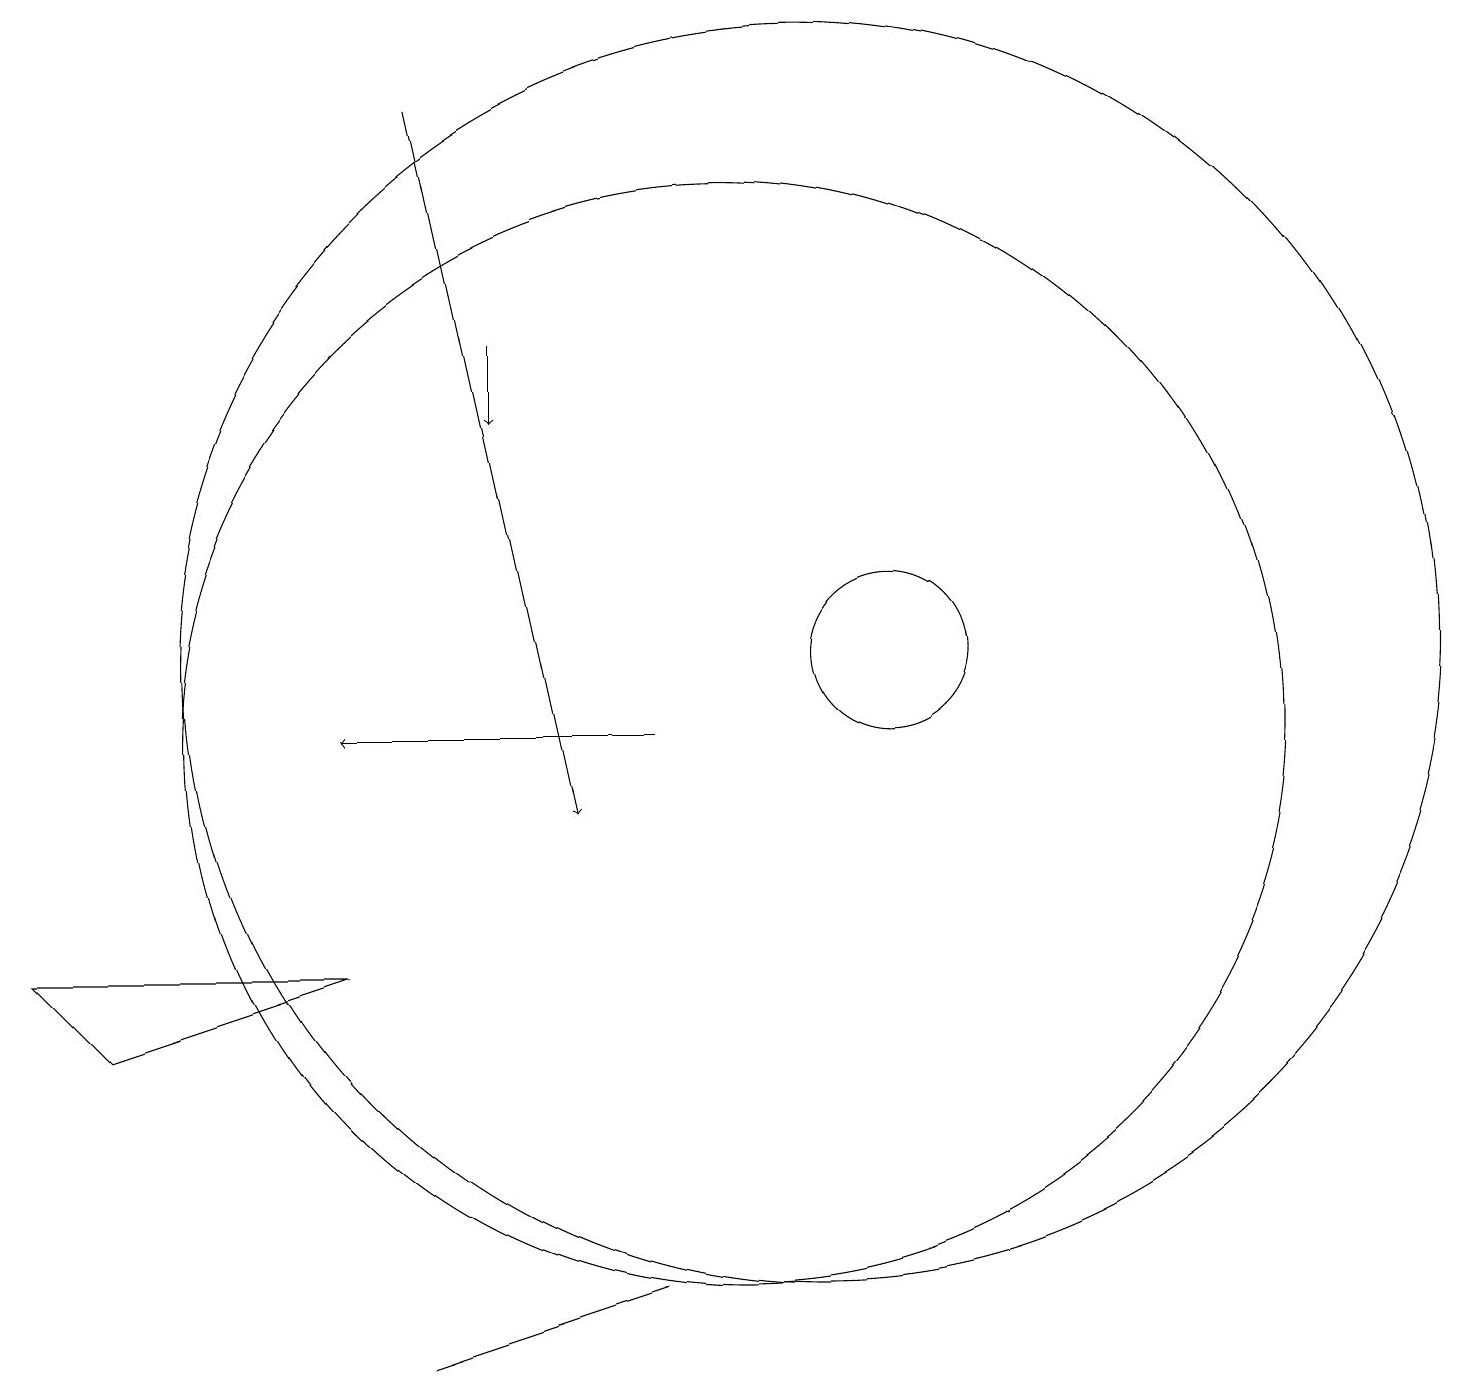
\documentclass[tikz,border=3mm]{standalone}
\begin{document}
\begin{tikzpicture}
\draw[->] (6,19) -- (8,10);
\draw (10,11) circle (7);
\draw[->] (7,16) -- (7,15);
\draw[->] (9,11) -- (5,11);
\draw (12,12) circle (1);
\draw (6,3) -- (9,4) -- (6,3) -- cycle;
\draw (11,12) circle (8);
\draw (1,8) -- (5,8) -- (2,7) -- cycle;
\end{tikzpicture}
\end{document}